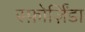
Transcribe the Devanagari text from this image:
स्फ़ोर्ज़िंडा